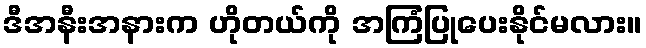
ဒီအနီးအနားက ဟိုတယ်ကို အကြံပြုပေးနိုင်မလား။